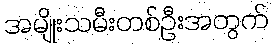
အမျိုးသမီးတစ်ဦးအတွက်